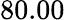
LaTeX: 80.00